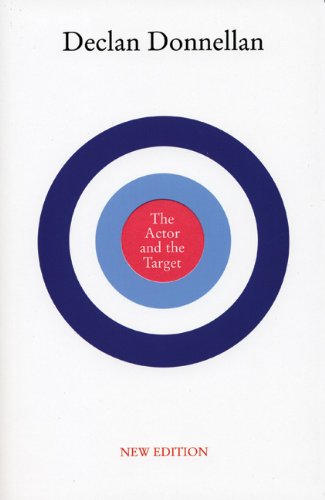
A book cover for The Actor and the Target: New Edition; Declan Donnellan; Humor & Entertainment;